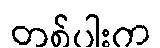
တစ်ပါးက